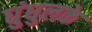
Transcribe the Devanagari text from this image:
धुंधुलके